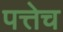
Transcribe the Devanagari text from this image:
पत्तेच